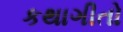
કથાગીતો